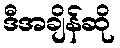
ဒီအချိန်ဆို